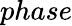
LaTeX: phase